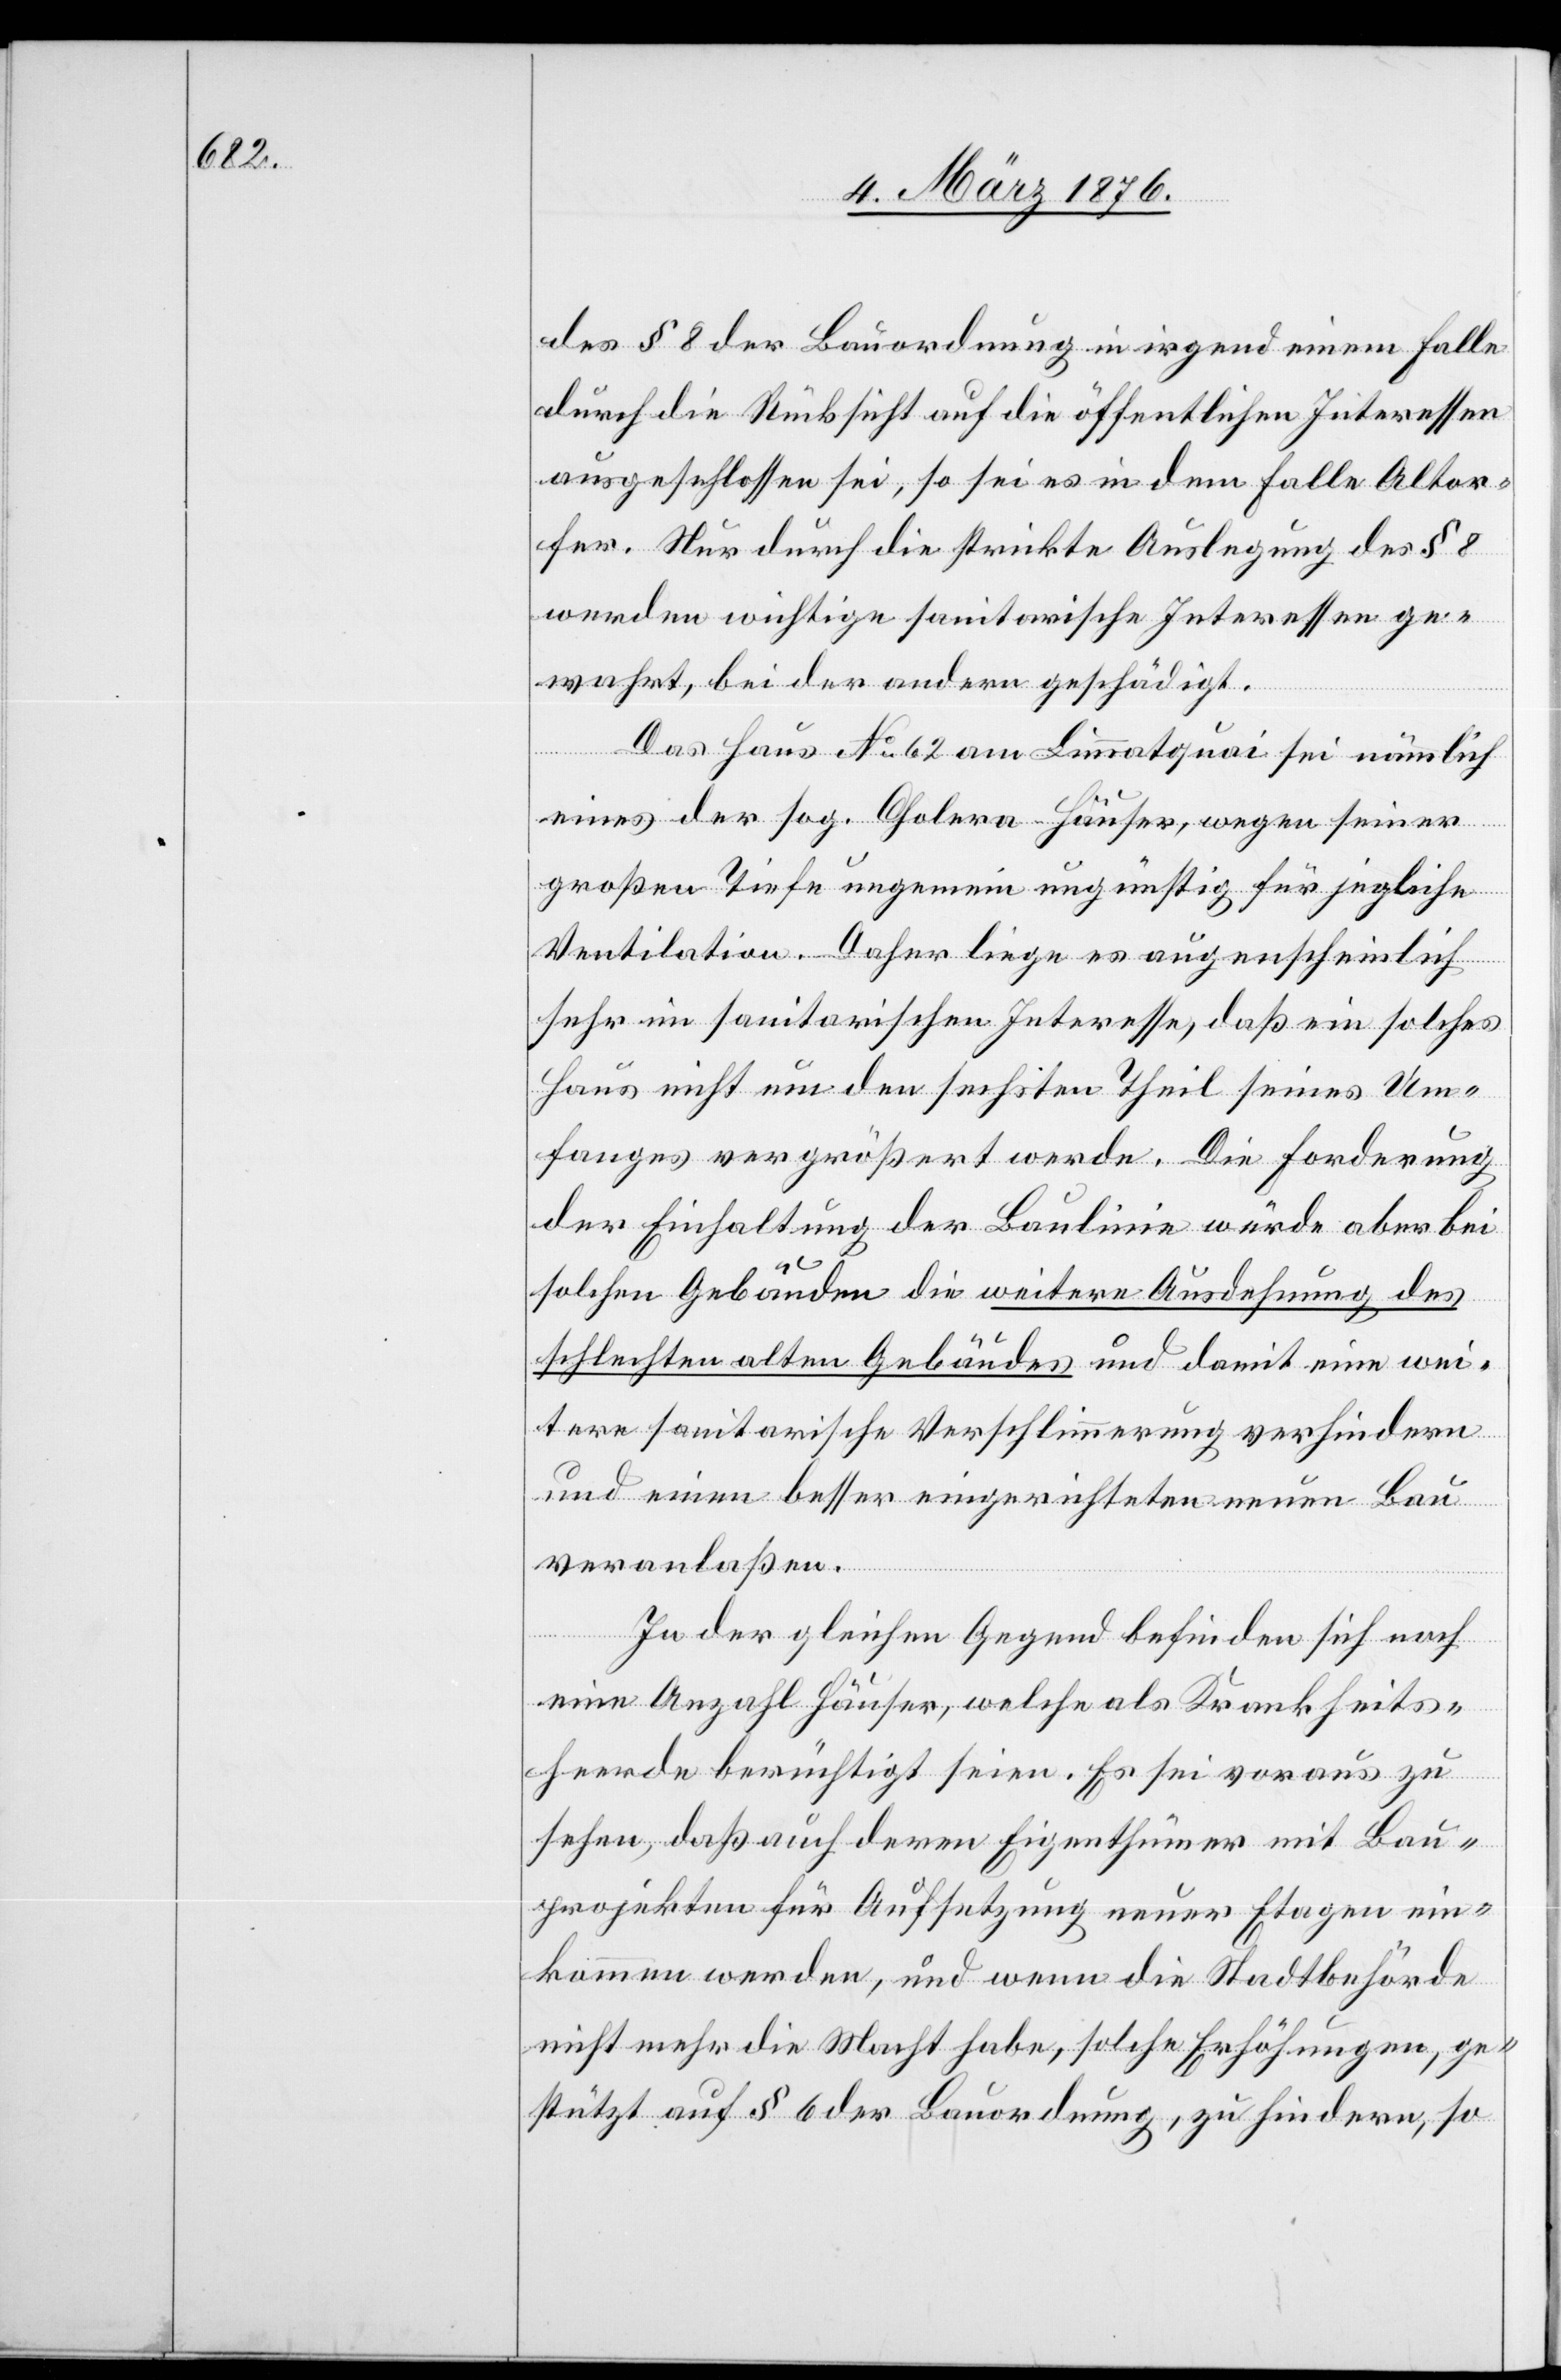
des § 8 der Bauordnung in irgend einem Falle
durch die Rücksicht auf die öffentlichen Interessen
ausgeschlossen sei, so sei es in dem Falle Altor¬
fer. Nur durch die strikte Auslegung des § 8
werden wichtige sanitarische Interessen ge¬
wahrt, bei der andern geschädigt.
Das Haus No 62 am Limmatquai sei nämlich
eines der sog. Cholera-Häuser, wegen seiner
großen Tiefe ungemein ungünstig für jegliche
Ventilation. Daher liege es augenscheinlich
sehr im sanitarischen Interesse, daß ein solches
Haus nicht um den sechsten Theil seines Um¬
fanges vergrößert werde. Die Forderung
der Einhaltung der Baulinie würde aber bei
solchen Gebäuden die weitere Ausdehnung des
schlechten alten Gebäudes und damit eine wei¬
tere sanitarische Verschlimmerung verhindern
und einen besser eingerichteten neuen Bau
veranlaßen.
In der gleichen Gegend befinden sich noch
eine Anzahl Häuser, welche als Krankheits¬
herde berüchtigt seien. Es sei voraus zu
sehen, daß auch deren Eigenthümer mit Bau¬
projekten für Aufsetzung neuer Etagen ein¬
kommen werden, und wenn die Stadtbehörde
nicht mehr die Macht habe, solche Erhöhungen, ge¬
stützt auf § 6 der Bauordnung, zu hindern, so